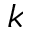
k